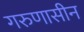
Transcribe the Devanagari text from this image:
गरुणासीन